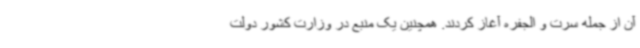
آن از جمله سرت و الجفره آغاز کردند. همچنین یک منبع در وزارت کشور دولت